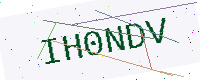
Text: IH0NDV